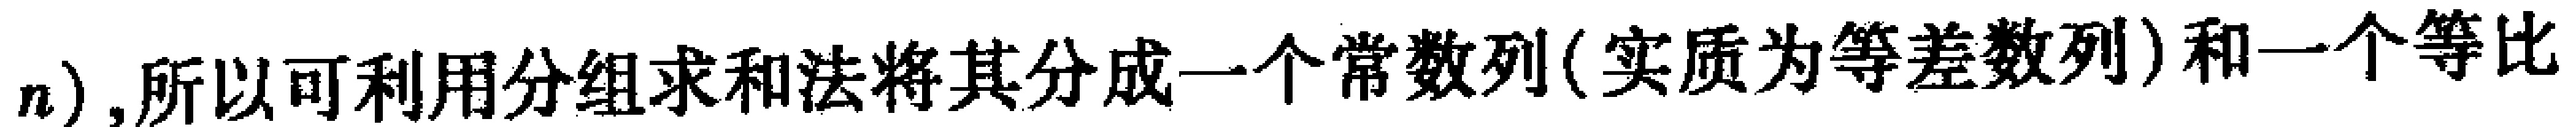
$n), 所以可利用分组求和法将其分成一个常数列(实质为等差数列)和一个等比$